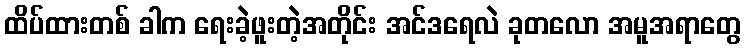
ထိပ်ထားတစ် ခါက ရေးခဲ့ဖူးတဲ့အတိုင်း အင်ဒရေလဲ ခုတလော အမူအရာတွေ